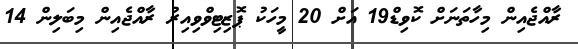
ރާއްޖެއިން މިހާތަނަށް ކޮވިޑް19 އަށް 20 މީހަކު ޕޮޒިޓިވްވިއިރު ރާއްޖެއިން މިބަލިން 14